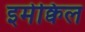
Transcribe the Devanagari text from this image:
इमेक्विल